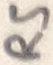
Text: RS